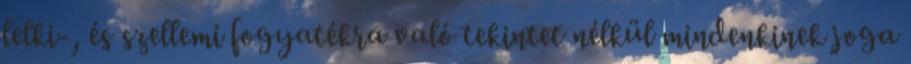
lelki-, és szellemi fogyatékra való tekintet nélkül mindenkinek joga